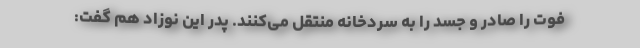
فوت را صادر و جسد را به سردخانه منتقل می‌کنند. پدر این نوزاد هم گفت: